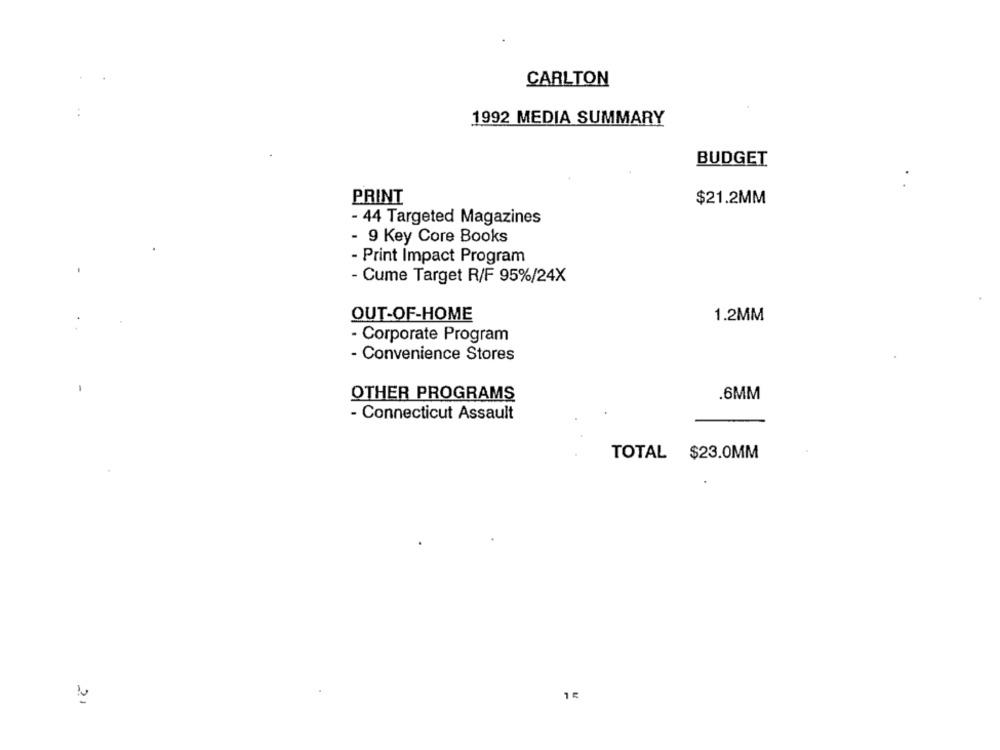
CARLTON
1992 MEDIA SUMMARY
BUDGET
PRINT
$21.2MM
- 44 Targeted Magazines
- 9 Key Core Books
- Print Impact Program
- Cume Target R/F 95%/24X
OUT-OF-HOME
1.2MM
- Corporate Program
- Convenience Stores
OTHER PROGRAMS
.6MM
- Connecticut Assault
TOTAL $23.0MM
21